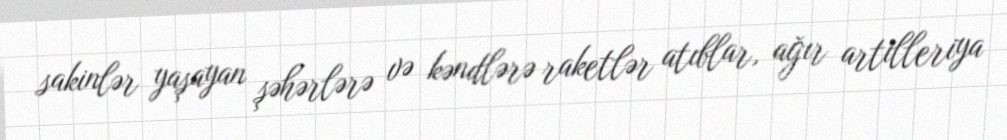
sakinlər yaşayan şəhərlərə və kəndlərə raketlər atıblar, ağır artilleriya